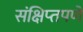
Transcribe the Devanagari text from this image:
संक्षिप्‍तपणे